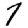
Digit: 7